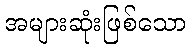
အများဆုံးဖြစ်သော